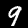
Label: 9